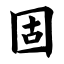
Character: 固